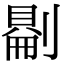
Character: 𠟔